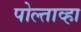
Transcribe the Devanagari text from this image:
पोल्ताव्हा